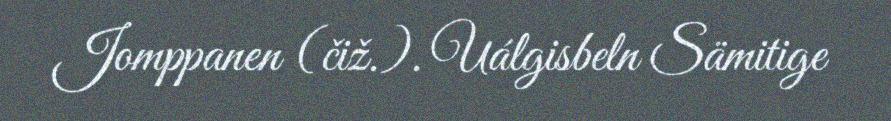
Jomppanen (čiž.). Uálgisbeln Sämitige